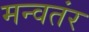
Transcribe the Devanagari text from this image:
मन्वतंर